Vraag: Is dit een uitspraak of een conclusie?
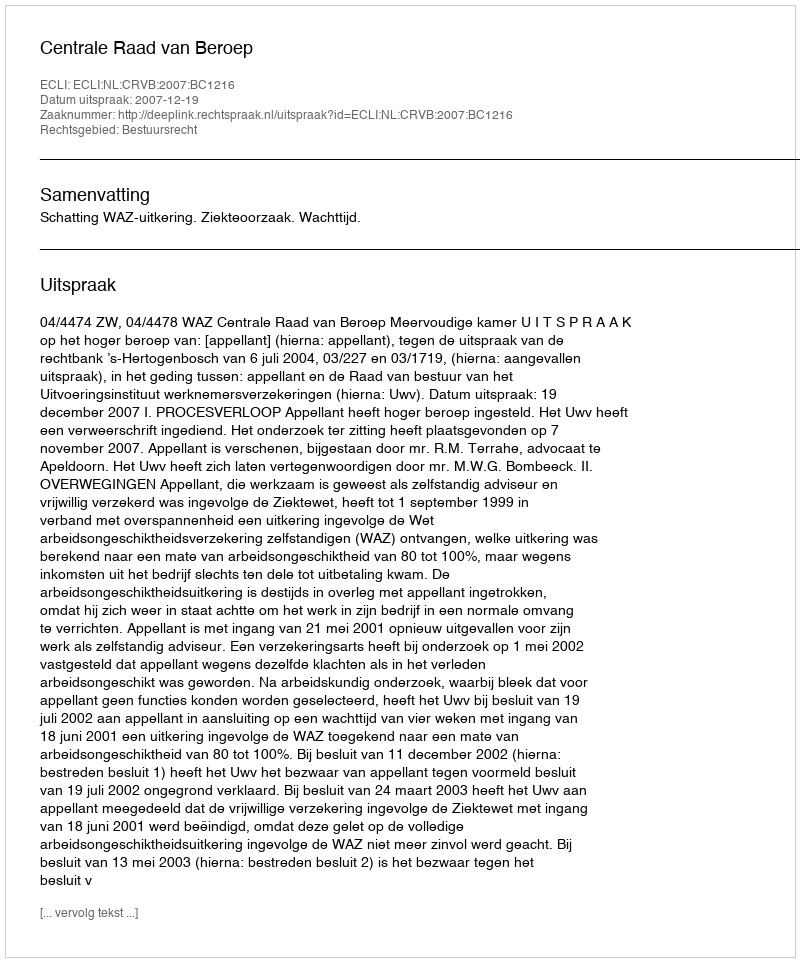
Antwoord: Uitspraak